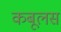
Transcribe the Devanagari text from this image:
कबूलस